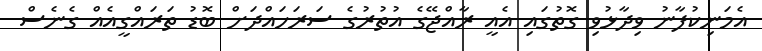
އެމަނިކުފާނު ވިދާޅުވި ގޮތުގައި އެއީ ރާއްޖޭގެ އުތުރުގެ ސަރަހައްދަށް ބޮޑު ތަރައްގީއެއް ގެނެސް